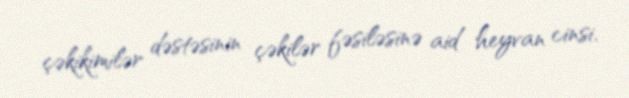
çəkikimilər dəstəsinin çəkilər fəsiləsinə aid heyvan cinsi.